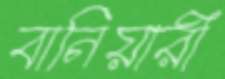
বানিয়ারী